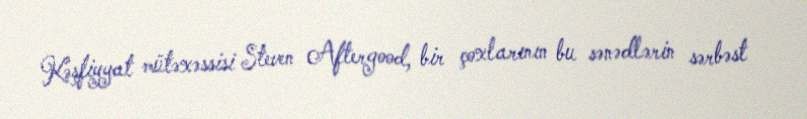
Kəşfiyyat mütəxəssisi Steven Aftergood, bir çoxlarının bu sənədlərin sərbəst